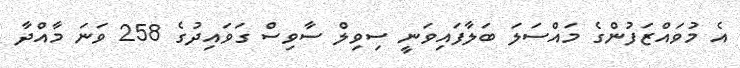
އެ މުވައްޒަފުންގެ މައްސަލަ ބަލާފައިވަނީ ސިވިލް ސާވިސް ގަވައިދުގެ 258 ވަނަ މާއްދާ